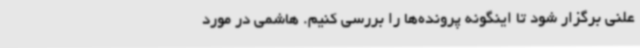
علنی برگزار شود تا اینگونه پرونده‌ها را بررسی کنیم. هاشمی در مورد